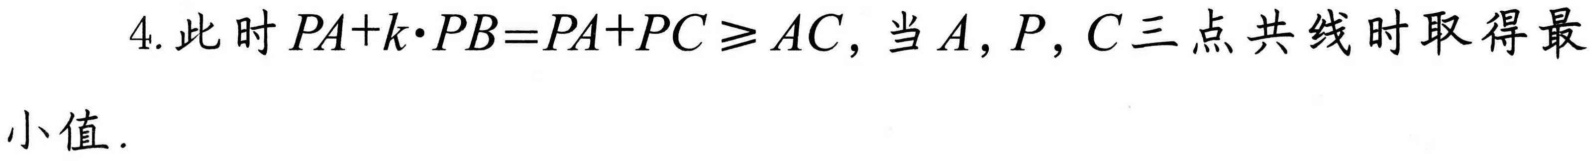
4. 此时\(PA + k\cdot PB=PA + PC\geqslant AC\)，当\(A,P,C\)三点共线时取得最小值.